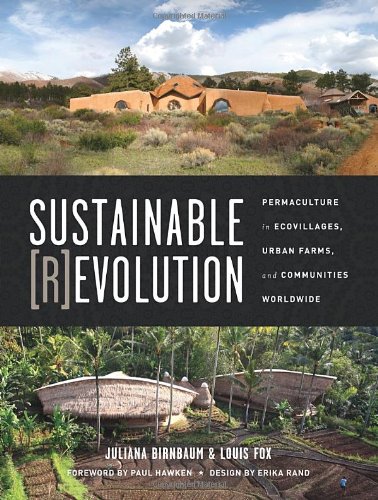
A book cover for Sustainable Revolution: Permaculture in Ecovillages, Urban Farms, and Communities Worldwide; Crafts, Hobbies & Home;